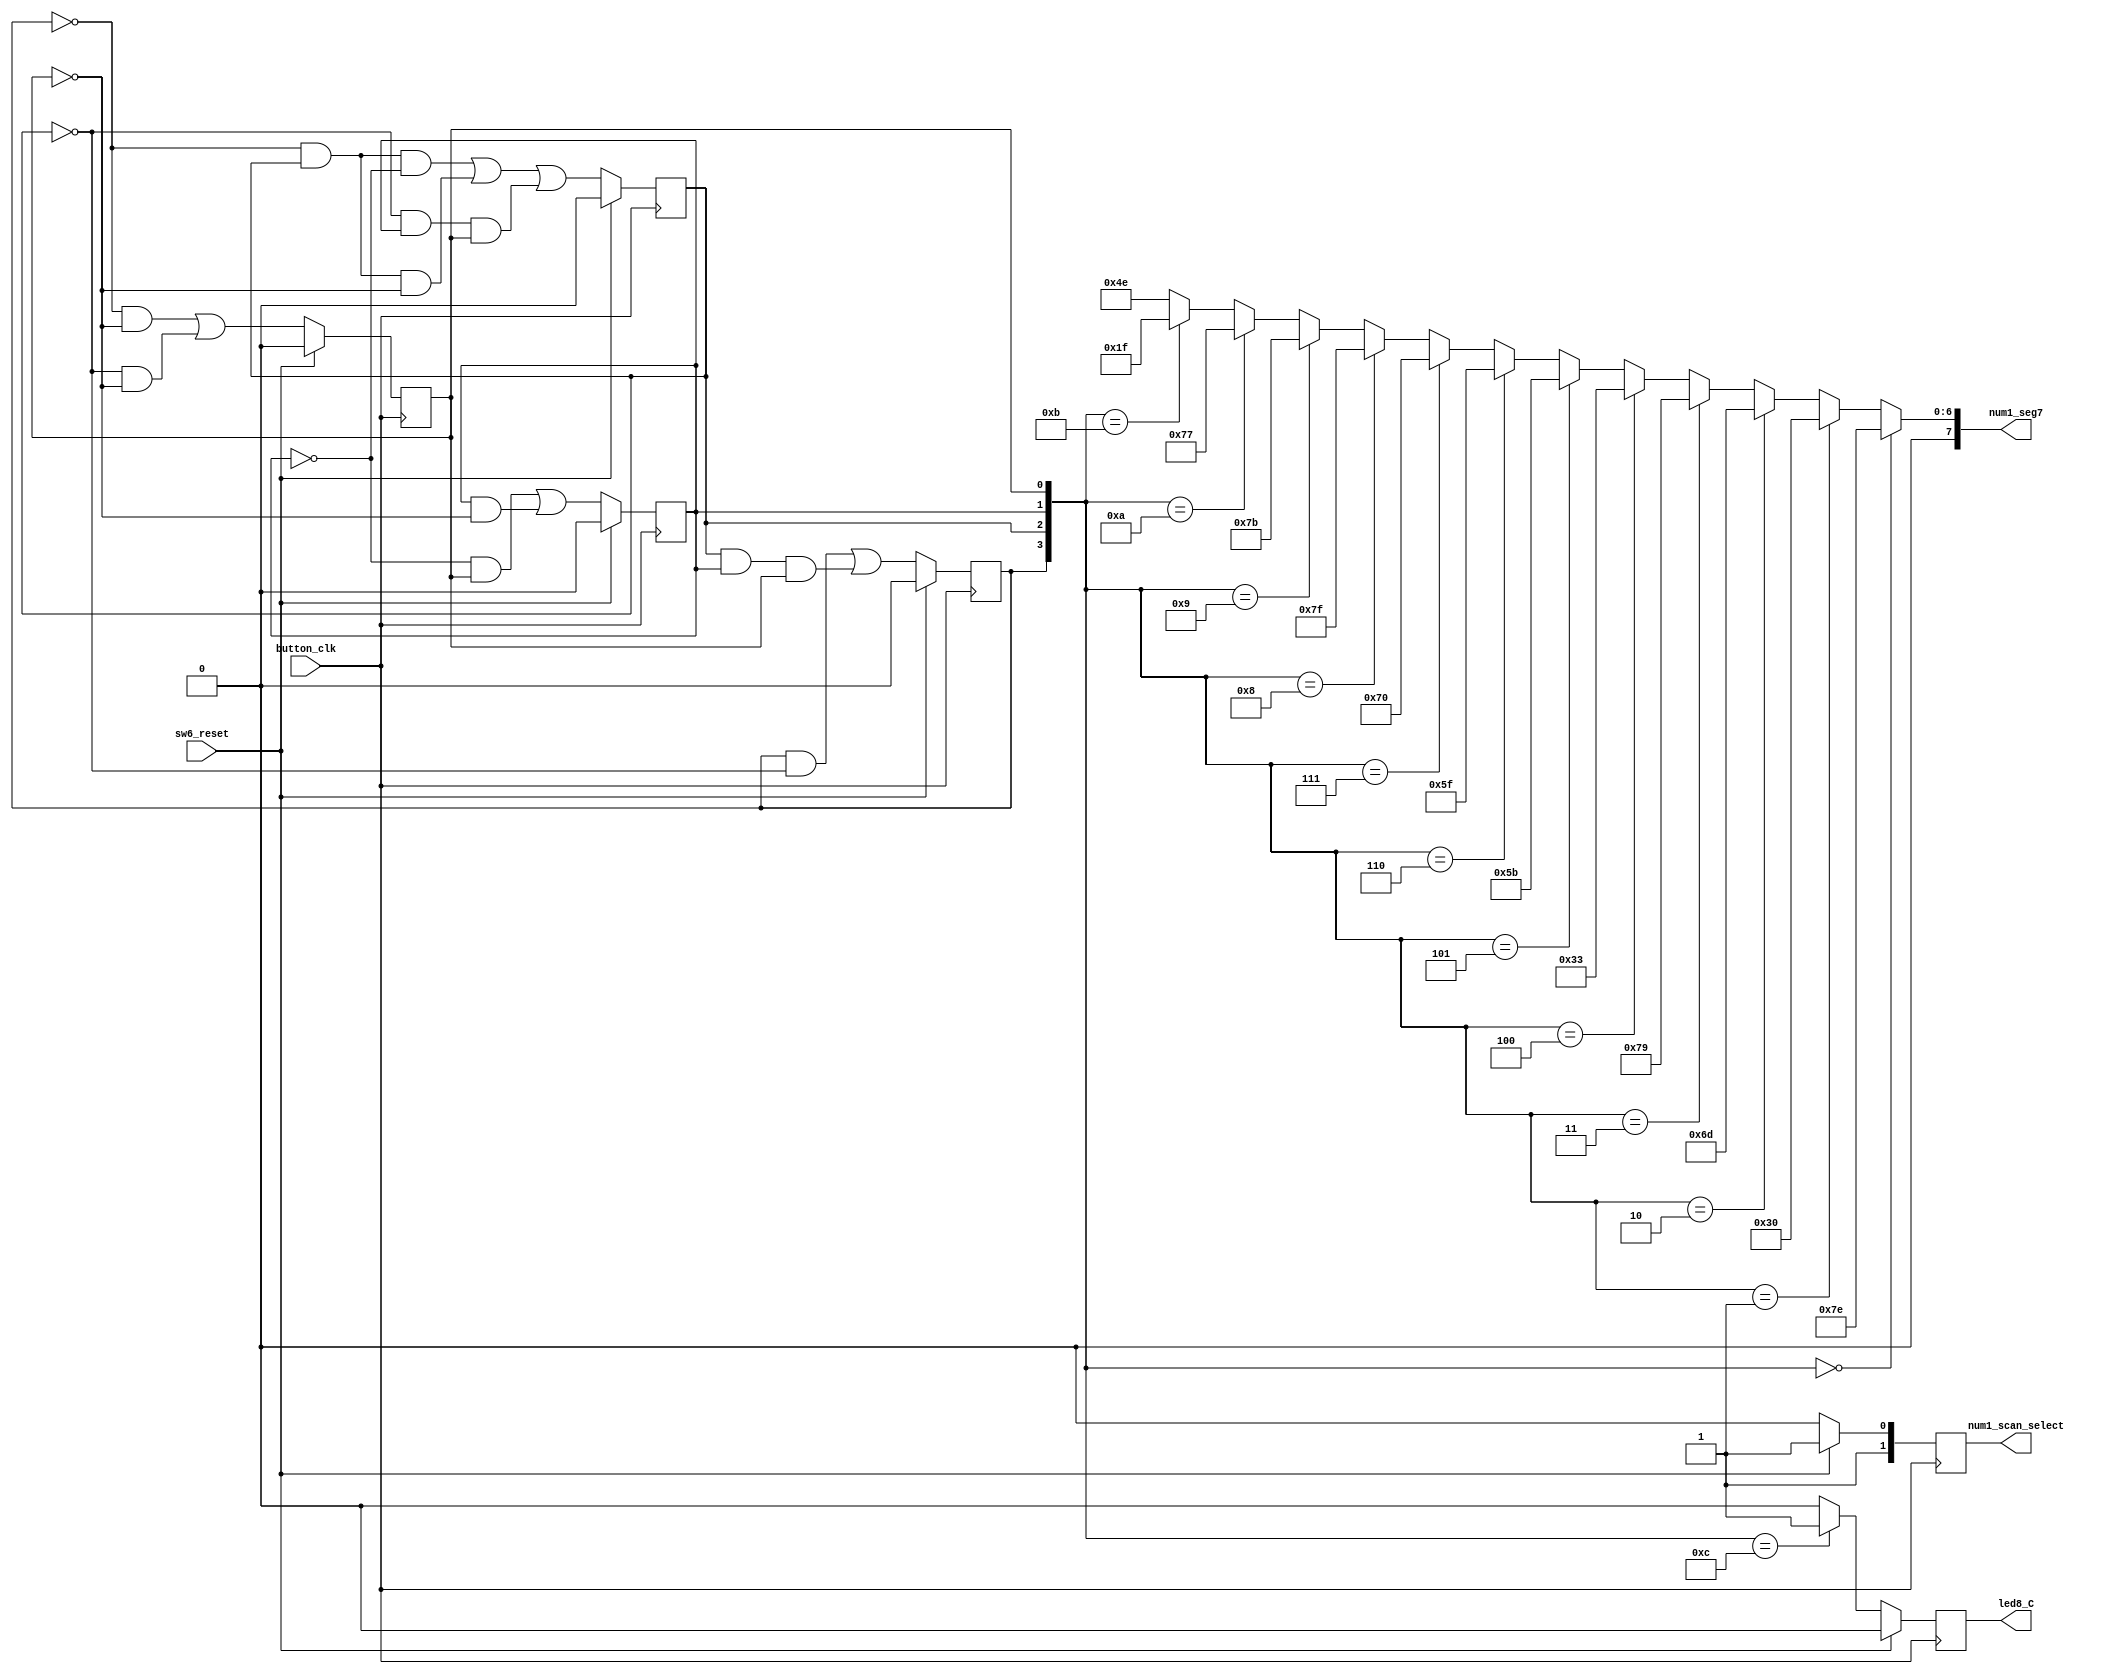
`timescale 1ns / 1ps
//////////////////////////////////////////////////////////////////////////////////
// Company: 
// Engineer: 
// 
// Design Name: 
// Module Name:    counter_13 
// Project Name: 
// Target Devices: 
// Tool versions: 
// Description: 
//
// Dependencies: 
//
// Revision: 
// Revision 0.01 - File Created
// Additional Comments: 
//
//////////////////////////////////////////////////////////////////////////////////
module counter_13(
    input 			   button_clk,
	 input 				sw6_reset,
	 
	 output reg      	led8_C,
	 output reg[1:0] 	num1_scan_select,//FPGA_NUM1 7
	 output    [7:0] 	num1_seg7			//FPGA_NUM1 7DPa~g
    ); 

	 reg        Q3,Q2,Q1,Q0;
	 wire [3:0] state_num;	 

	 always @(posedge button_clk ) begin
	    if(sw6_reset) begin
		     Q3 <= 1'b0;
			  Q2 <= 1'b0;
			  Q1 <= 1'b0;
			  Q0 <= 1'b0;		  
			  num1_scan_select <= 2'b11;// 
			  led8_C 			 <= 1'b0;
		 end 
		 else begin
		     Q3 <=  Q3&!Q2 | Q2&Q1&Q0;
			  Q2 <= !Q3&Q2&!Q1 | !Q3&Q2&!Q0 | !Q2&Q1&Q0;
			  Q1 <= !Q1&Q0 | Q1&!Q0;
			  Q0 <= !Q3&!Q0 | !Q2&!Q0;			  
			  led8_C <= (state_num == 4'b1100)?1'b1:1'b0;			  
			  num1_scan_select <= 2'b10;//
		 end//else
	 end//always
	 //--------------display-------------------------
	 assign state_num	= {Q3,Q2,Q1,Q0}; //	

    assign num1_seg7=
	 {state_num ==4'b0000}?8'b01111110 ://0
    {state_num ==4'b0001}?8'b00110000 ://1
	 {state_num ==4'b0010}?8'b01101101 ://2
	 {state_num ==4'b0011}?8'b01111001 ://3
	 {state_num ==4'b0100}?8'b00110011 ://4
	 {state_num ==4'b0101}?8'b01011011 ://5
	 {state_num ==4'b0110}?8'b01011111 ://6
	 {state_num ==4'b0111}?8'b01110000 ://7
	 {state_num ==4'b1000}?8'b01111111 ://8
	 {state_num ==4'b1001}?8'b01111011 ://9
	 {state_num ==4'b1010}?8'b01110111 ://10 A
	 {state_num ==4'b1011}?8'b00011111 ://11 b
	 {state_num ==4'b1100}?8'b01001110 ://12 C
	 8'b01001110;//12
endmodule